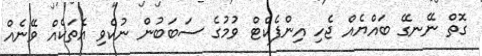
ގޮތް ނޭނގޭ ބައްޔެއް ޖެހި އިންފެކްޓް ވުމުގެ ސަބަބުން ނުކެވި އެތަކެއް ވޭނެއް